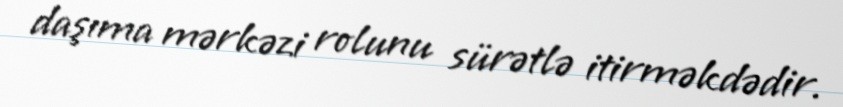
daşıma mərkəzi rolunu sürətlə itirməkdədir.